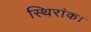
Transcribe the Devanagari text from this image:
स्थिरांक।